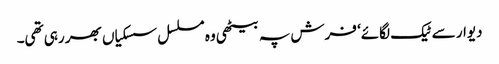
دیوار سے ٹیک لگائے‘ فرش پہ بیٹھی وہ مسلسل سسکیاں بھر رہی تھی۔